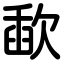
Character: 歃